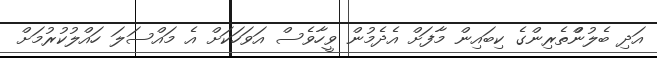
އަދި ބެލުންްތެރިންގެ ކިބައިން މާފަށް އެދެމުން ވީހާވެސް އަވަހަކަށް އެ މައްސަލަ ހައްލުކުރުމަށް